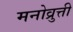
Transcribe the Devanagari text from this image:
मनोव्रुत्ती